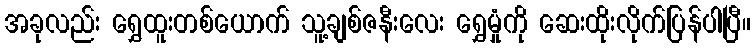
အခုလည်း ရွှေထူးတစ်ယောက် သူ့ချစ်ဇနီးလေး ရွှေမှုံကို ဆေးထိုးလိုက်ပြန်ပါပြီ။